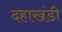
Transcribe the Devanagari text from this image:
दहाखंडी